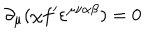
LaTeX: \partial _ { \mu } ( \chi f ^ { \prime } \varepsilon ^ { \mu \nu \alpha \beta } ) = 0